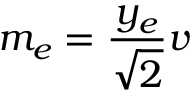
m _ { e } = { \frac { y _ { e } } { \sqrt { 2 } } } v